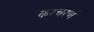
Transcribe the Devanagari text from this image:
करचरणं